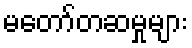
မတော်တဆမှုများ